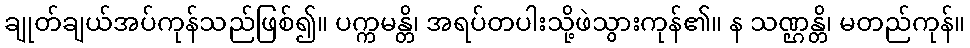
ချုတ်ချယ်အပ်ကုန်သည်ဖြစ်၍။ ပက္ကမန္တိ၊ အရပ်တပါးသို့ဖဲသွားကုန်၏။ န သဏ္ဌန္တိ၊ မတည်ကုန်။